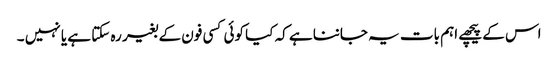
اس کے پیچھے اہم بات یہ جاننا ہے کہ کیا کوئی کسی فون کے بغیر رہ سکتا ہے یا نہیں ۔